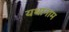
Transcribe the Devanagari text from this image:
यथानाम